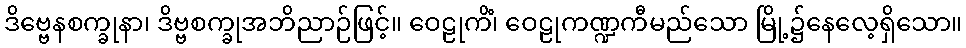
ဒိဗ္ဗေနစက္ခုနာ၊ ဒိဗ္ဗစက္ခုအဘိညာဉ်ဖြင့်။ ဝေဠုကိံ၊ ဝေဠုကဏ္ဍကီမည်သော မြို့၌နေလေ့ရှိသော။